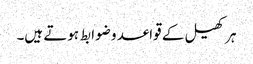
ہر کھیل کے قواعد و ضوابط ہوتے ہیں۔